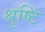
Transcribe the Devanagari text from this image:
श्रुष्टि